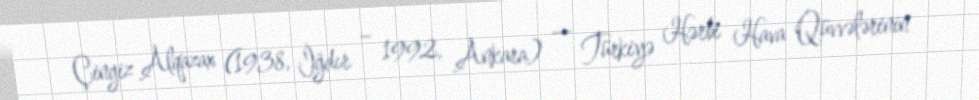
Çingiz Alqazax (1938, İğdır – 1992, Ankara) — Türkiyə Hərbi Hava Qüvvələrinin